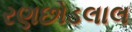
રણછોડલાલ